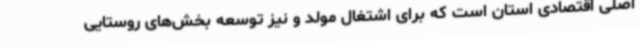
اصلی اقتصادی استان است که برای اشتغال مولد و نیز توسعه بخش‌های روستایی